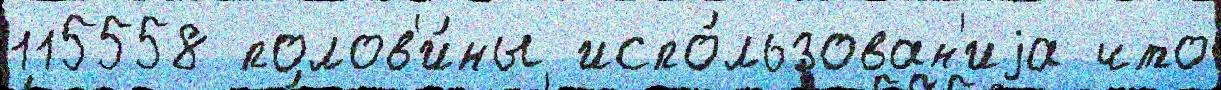
115558 полов'и́ны испо́льзован'иjа что